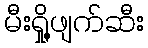
မီးရှို့ဖျက်ဆီး